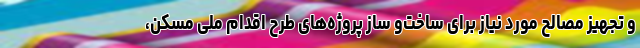
و تجهیز مصالح مورد نیاز برای ساخت‌و ساز پروژه‌های طرح اقدام ملی مسکن،